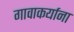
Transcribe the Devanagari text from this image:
गावाकर्याना